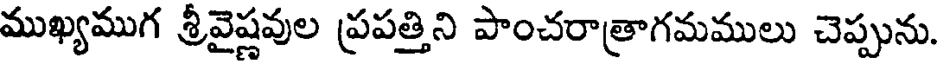
ముఖ్యముగ శ్రీవైష్ణవుల ప్రపత్తిని పాంచరాత్రాగమములు చెప్పును.